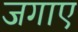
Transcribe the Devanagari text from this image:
जगाए